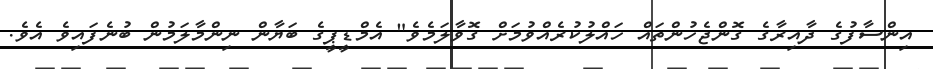
އިންސާފުގެ ދާއިރާގެ ގޮންޖެހުންތައް ހައްލުކުރެއްވުމަށް ގޮވާލަމެވެ" އެމްޑީޕީގެ ބަޔާން ނިންމާލަމުން ބުނެފައިވެ އެވެ.